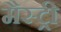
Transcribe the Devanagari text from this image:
मैस्ट्री